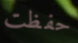
حفظت